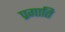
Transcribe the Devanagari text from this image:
प्रगाति